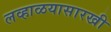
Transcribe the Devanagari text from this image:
लव्हाळयासारखी